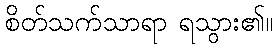
စိတ်သက်သာရာ ရသွား၏။